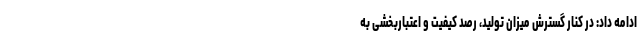
ادامه داد: در کنار گسترش میزان تولید، رصدِ کیفیت و اعتباربخشی به